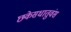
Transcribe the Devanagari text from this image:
छकेसधातुवंस